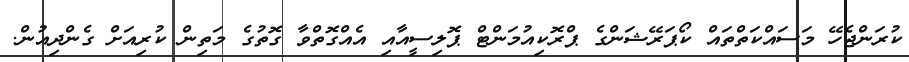
ކުރަންޖެހޭ މަސައްކަތްތައް ކޯޕަރޭޝަންގެ ޕްރޮކިއުމަންޓް ޕޮލިސީއާއި އެއްގޮތްވާ ގޮތުގެ މަތިން ކުރިއަށް ގެންދިއުން.